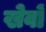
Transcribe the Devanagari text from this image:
खेवों